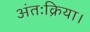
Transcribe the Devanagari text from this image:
अंतःक्रिया।